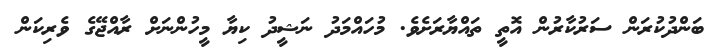
ބަންދުކުރަން ސަރުކާރުން އޮތީ ތައްޔާރަށެވެ. މުހައްމަދު ނަޝީދު ކިޔާ މީހުންނަށް ރާއްޖޭގެ ވެރިކަން